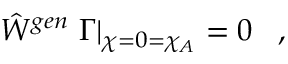
\hat { W } ^ { g e n } \left. \Gamma \right| _ { \chi = 0 = \chi _ { A } } = 0 \; \; \; ,